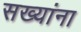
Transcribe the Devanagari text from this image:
सख्यांना